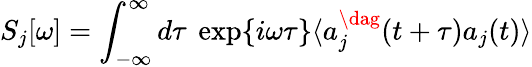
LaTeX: S_{j}[\omega]=\int_{-\infty}^{\infty}d\tau\ \exp\{ i\omega\tau\} \langle a_{j}^{\dag}(t+\tau)a_{j}(t)\rangle